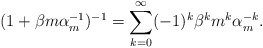
\begin{align*}(1+\beta m \alpha_{m}^{-1})^{-1}=\sum_{k=0}^{\infty}(-1)^{k}\beta^{k}m^{k}\alpha_{m}^{-k}.\end{align*}